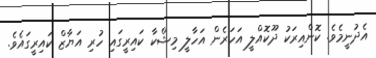
އެދުނީމެވެ. ކޮންއިރަކު ދޫކޮއްލީ އަހަރެން އަހާލީ މިޝްކާ ކައިރީގައި ހުރި އަޔާޒް ކައިރީގައެވެ.